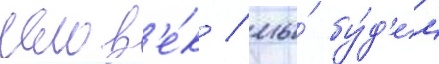
челов'е́к / мы́ бу́д'ем